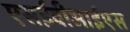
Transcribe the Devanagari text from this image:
एसईवीआईएस